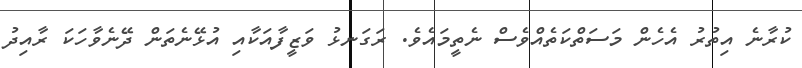
ކުރާނެ އިތުރު އެހެން މަސަތްކަތެއްވެސް ނެތީމައެވެ. ރަގަނޅު ވަޒީފާއަކާއި އުޅޭނެތަން ދޭނެވާހަކަ ރާއިދު